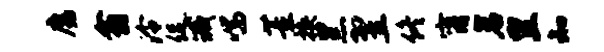
魔翕泠促臧喘董换黑翌佟甯岩里知